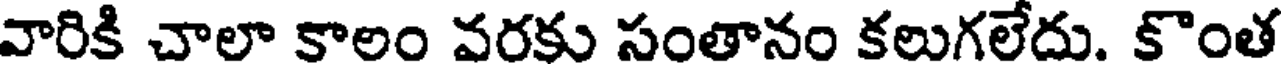
వారికి చాలా కాలం వరకు సంతానం కలుగలేదు. కొంత